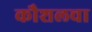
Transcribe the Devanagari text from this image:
कौशलचा